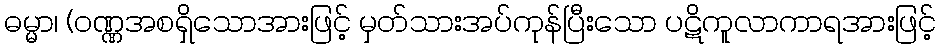
ဓမ္မာ၊ (ဝဏ္ဏအစရှိသောအားဖြင့် မှတ်သားအပ်ကုန်ပြီးသော ပဋိကူလာကာရအားဖြင့်